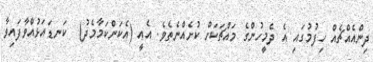
ދިންއެއްޗެއް ހިފުމުގައި އެ ދެމީހުންގެ މައްޗަކަށް ކުށެއްނެތެވެ. އެއީ (އެކަންކަމާމެދު)  ކަނޑައަޅުއްވާފައިވާ